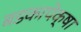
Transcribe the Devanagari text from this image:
बडकापेक्षा